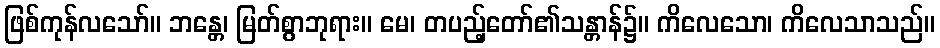
ဖြစ်ကုန်လသော်။ ဘန္တေ၊ မြတ်စွာဘုရား။ မေ၊ တပည့်တော်၏သန္တာန်၌။ ကိလေသော၊ ကိလေသာသည်။